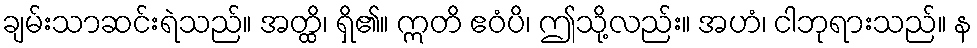
ချမ်းသာဆင်းရဲသည်။ အတ္ထိ၊ ရှိ၏။ ဣတိ ဧဝံပိ၊ ဤသို့လည်း။ အဟံ၊ ငါဘုရားသည်။ န